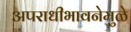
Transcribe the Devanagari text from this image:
अपराधीभावनेमुळे